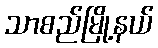
သာစည်မြို့နယ်